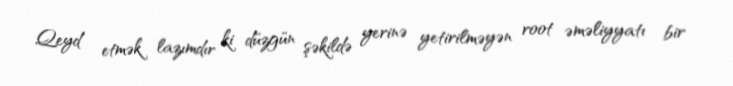
Qeyd etmək lazımdır ki düzgün şəkildə yerinə yetirilməyən root əməliyyatı bir